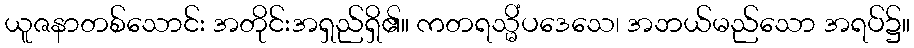
ယူဇနာတစ်သောင်း အတိုင်းအရှည်ရှိ၏။ ကတရသ္မိံပဒေသေ၊ အဘယ်မည်သော အရပ်၌။